Cholera in India, 1862 to 1881
Year: 1862
Disease focus: Cholera
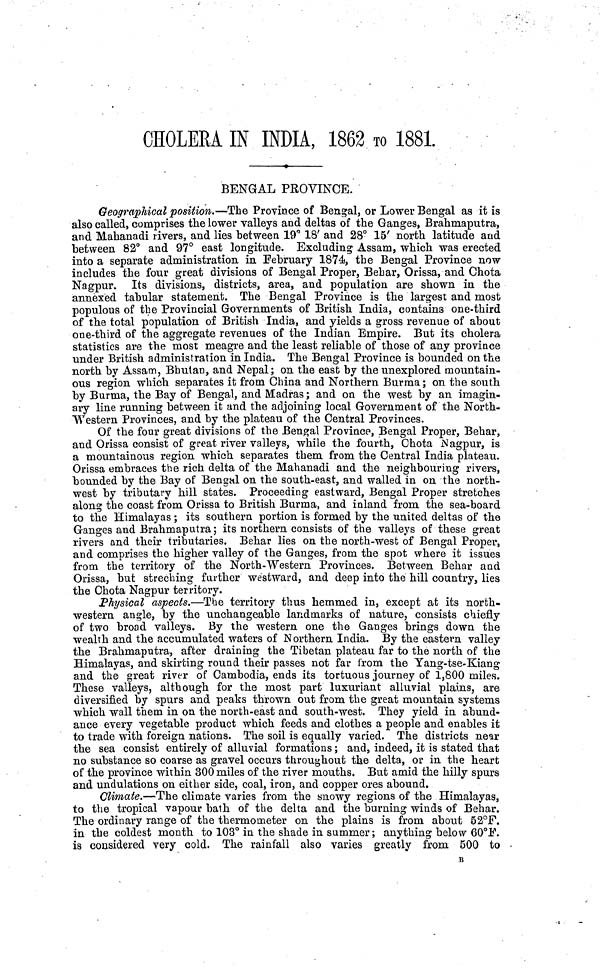
CHOLERA IN INDIA, 1862 το 1881.
*
BENGAL PROVINCE.
Geographical position.—The Province of Bengal, or Lower Bengal as it is
also called, comprises the lower valleys and deltas of the Ganges, Brahmaputra,
and Mahanadi rivers, and lies between 19° 18' and 28° 15' north latitude and
between 82° and 97° east longitude. Excluding Assam, which was erected
into a separate administration in February 1874, the Bengal Province now
includes the four great divisions of Bengal Proper, Behar, Orissa, and Chota
Nagpur. Its divisions, districts, area, and population are shown in the
annexed tabular statement. The Bengal Province is the largest and most
populous of the Provincial Governments of British India, contains one-third
of the total population of British India, and yields a gross revenue of about
one-third of the aggregate revenues of the Indian Empire. But its cholera
statistics are the most meagre and the least reliable of those of any province
under British administration in India. The Bengal Province is bounded on the
north by Assam, Bhutan, and Nepal; on the east by the unexplored mountain-
ous region which separates it from China and Northern Burma ; on the south
by Burma, the Bay of Bengal, and Madras ; and on the west by an imagin-
ary line running between it and the adjoining local Government of the North-
Western Provinces, and by the plateau of the Central Provinces.
Of the four great divisions of the Bengal Province, Bengal Proper, Behar,
and Orissa consist of great river valleys, while the fourth, Chota Nagpur, is
a mountainous region which separates them from the Central India plateau.
Orissa embraces the rich delta of the Mahanadi and the neighbouring rivers,
bounded by the Bay of Bengal on the south-east, and walled in on the north-
west by tributary hill states. Proceeding eastward, Bengal Proper stretches
along the coast from Orissa to British Burma, and inland from the sea-board
to the Himalayas ; its southern portion is formed by the united deltas of the
Ganges and Brahmaputra ; its northern consists of the valleys of these great
rivers and their tributaries. Behar lies on the north-west of Bengal Proper,
and comprises the higher valley of the Ganges, from the spot where it issues
from the territory of the North-Western Provinces. Between Behar and
Orissa, but streching further westward, and deep into the hill country, lies
the Chota Nagpur territory.
Physical aspects.—The territory thus hemmed in, except at its north-
western angle, by the unchangeable landmarks of nature, consists chiefly
of two broad valleys. By the western one the Ganges brings down the
wealth and the accumulated waters of Northern India. By the eastern valley
the Brahmaputra, after draining the Tibetan plateau far to the north of the
Himalayas, and skirting round their passes not far from the Yang-tse-Kiang
and the great river of Cambodia, ends its tortuous journey of 1,800 miles.
These valleys, although for the most part luxuriant alluvial plains, are
diversified by spurs and peaks thrown out from the great mountain systems
which wall them in on the north-east and south-west. They yield in abund-
ance every vegetable product which feeds and clothes a people and enables it
to trade with foreign nations. The soil is equally varied. The districts near
the sea consist entirely of alluvial formations ; and, indeed, it is stated that
no substance so coarse as gravel occurs throughout the delta, or in the heart
of the province within 300 miles of the river mouths. But amid the hilly spurs
and undulations on either side, coal, iron, and copper ores abound.
Climate.—The climate varies from the snowy regions of the Himalayas,
to the tropical vapour bath of the delta and the burning winds of Behar.
The ordinary range of the thermometer on the plains is from about 52°F.
in the coldest month to 103° in the shade in summer ; anything below 60°F.
is considered very cold, The rainfall also varies greatly from 500 to
B